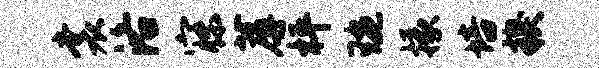
裳洛寐蓐枰琬掾培糗